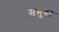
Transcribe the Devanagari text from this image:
समुदर